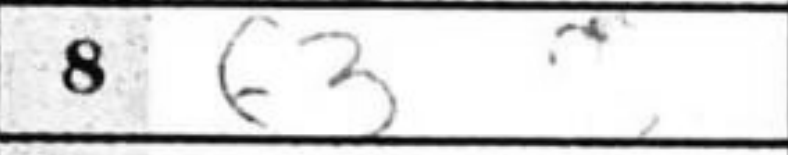
Transcription: f3